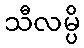
သီလမ္ပိ